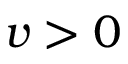
v > 0